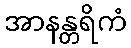
အာနန္တရိကံ